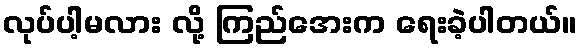
လုပ်ပါ့မလား လို့ ကြည်အေးက ရေးခဲ့ပါတယ်။